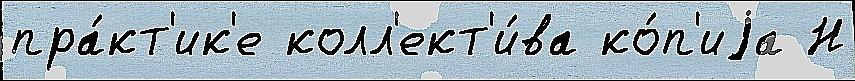
пра́кт'ик'е колл'ект'и́ва ко́п'иjа Н